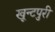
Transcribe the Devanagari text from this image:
खून्टपुरी